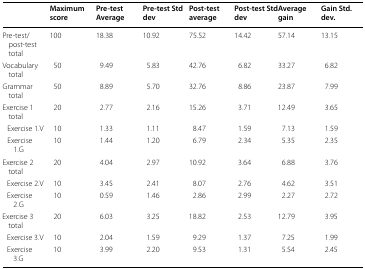
<table><thead><tr><td></td><td><b>Maximum score</b></td><td><b>Pre-test Average</b></td><td><b>Pre-test Std dev</b></td><td><b>Post-test average</b></td><td><b>Post-test Std dev</b></td><td><b>Average gain</b></td><td><b>Gain Std. dev.</b></td></tr></thead><tbody><tr><td>Pre-test/post-test total</td><td>100</td><td>18.38</td><td>10.92</td><td>75.52</td><td>14.42</td><td>57.14</td><td>13.15</td></tr><tr><td>Vocabulary total</td><td>50</td><td>9.49</td><td>5.83</td><td>42.76</td><td>6.82</td><td>33.27</td><td>6.82</td></tr><tr><td>Grammar total</td><td>50</td><td>8.89</td><td>5.70</td><td>32.76</td><td>8.86</td><td>23.87</td><td>7.99</td></tr><tr><td>Exercise 1 total</td><td>20</td><td>2.77</td><td>2.16</td><td>15.26</td><td>3.71</td><td>12.49</td><td>3.65</td></tr><tr><td> Exercise 1.V</td><td>10</td><td>1.33</td><td>1.11</td><td>8.47</td><td>1.59</td><td>7.13</td><td>1.59</td></tr><tr><td> Exercise 1.G</td><td>10</td><td>1.44</td><td>1.20</td><td>6.79</td><td>2.34</td><td>5.35</td><td>2.35</td></tr><tr><td>Exercise 2 total</td><td>20</td><td>4.04</td><td>2.97</td><td>10.92</td><td>3.64</td><td>6.88</td><td>3.76</td></tr><tr><td> Exercise 2.V</td><td>10</td><td>3.45</td><td>2.41</td><td>8.07</td><td>2.76</td><td>4.62</td><td>3.51</td></tr><tr><td> Exercise 2.G</td><td>10</td><td>0.59</td><td>1.46</td><td>2.86</td><td>2.99</td><td>2.27</td><td>2.72</td></tr><tr><td>Exercise 3 total</td><td>20</td><td>6.03</td><td>3.25</td><td>18.82</td><td>2.53</td><td>12.79</td><td>3.95</td></tr><tr><td> Exercise 3.V</td><td>10</td><td>2.04</td><td>1.59</td><td>9.29</td><td>1.37</td><td>7.25</td><td>1.99</td></tr><tr><td> Exercise 3.G</td><td>10</td><td>3.99</td><td>2.20</td><td>9.53</td><td>1.31</td><td>5.54</td><td>2.45</td></tr></tbody></table>